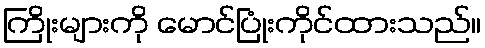
ကြိုးများကို မောင်ပြုံးကိုင်ထားသည်။